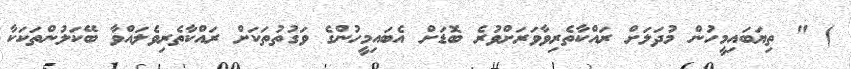
) " ތިޔަބައިމީހުން މުދަލަށް ރައްކާތެރިވާވަރަށްވުރެ ބޮޑަށް އެބައިމީހުންގެ ވަގުތުތަކަށް ރައްކާތެރިވެލައްވާ ބޭކަލުންތަކަކާ